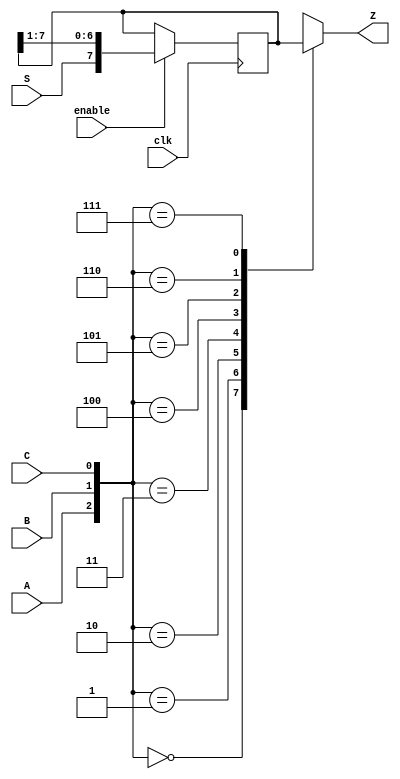
module top_module (
    input clk,
    input enable,
    input S,
    input A, B, C,
    output Z ); 
    
    wire [7:0]q;
    always@(posedge clk) begin
        if(enable) q <= {S,q[7:1]};
        else q <= q;            
    end
           
    always@(*) begin
        case({A,B,C})
            3'h0: Z<=q[7];
            3'h1: Z<=q[6];
            3'h2: Z<=q[5];
            3'h3: Z<=q[4];
            3'h4: Z<=q[3];
            3'h5: Z<=q[2];
            3'h6: Z<=q[1];
            3'h7: Z<=q[0];
        endcase
    end

endmodule